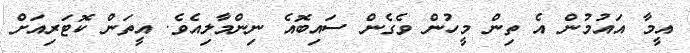
އީމާ އައުމުން އެ ތިން މީހުން ވެގެން ސައިބޮއެ ނިންމާލިއެވެ. އީތަން ކޮޓަރިއަށް